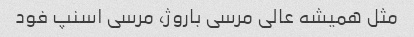
مثل همیشه عالی مرسی باروژ، مرسی اسنپ فود